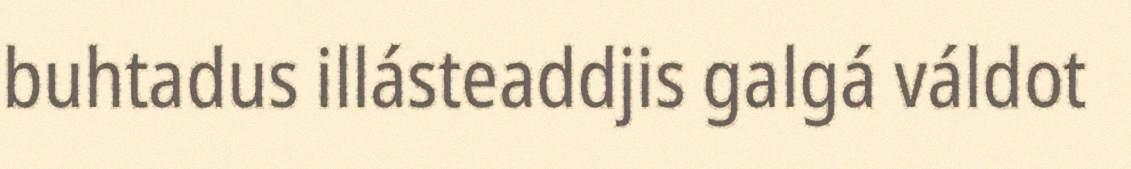
buhtadus illásteaddjis galgá váldot